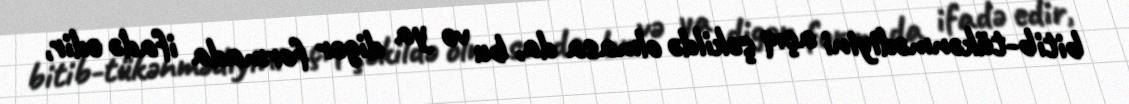
bitib-tükənmədiyini açıq şəkildə olmasa da, bu və ya digər formada ifadə edir,